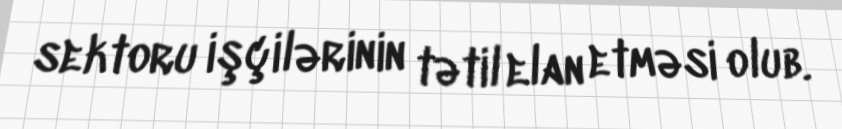
sektoru işçilərinin tətil elan etməsi olub.